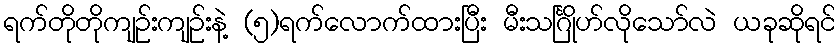
ရက်တိုတိုကျဉ်းကျဉ်းနဲ့ (၅)ရက်လောက်ထားပြီး မီးသင်္ဂြိုဟ်လိုသော်လဲ ယခုဆိုရင်